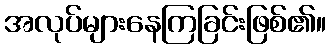
အလုပ်များနေကြခြင်းဖြစ်၏။